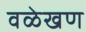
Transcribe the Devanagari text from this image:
वळेखण